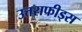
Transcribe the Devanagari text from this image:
उत्तराफीड्स